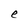
Character: e